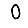
Digit: 0